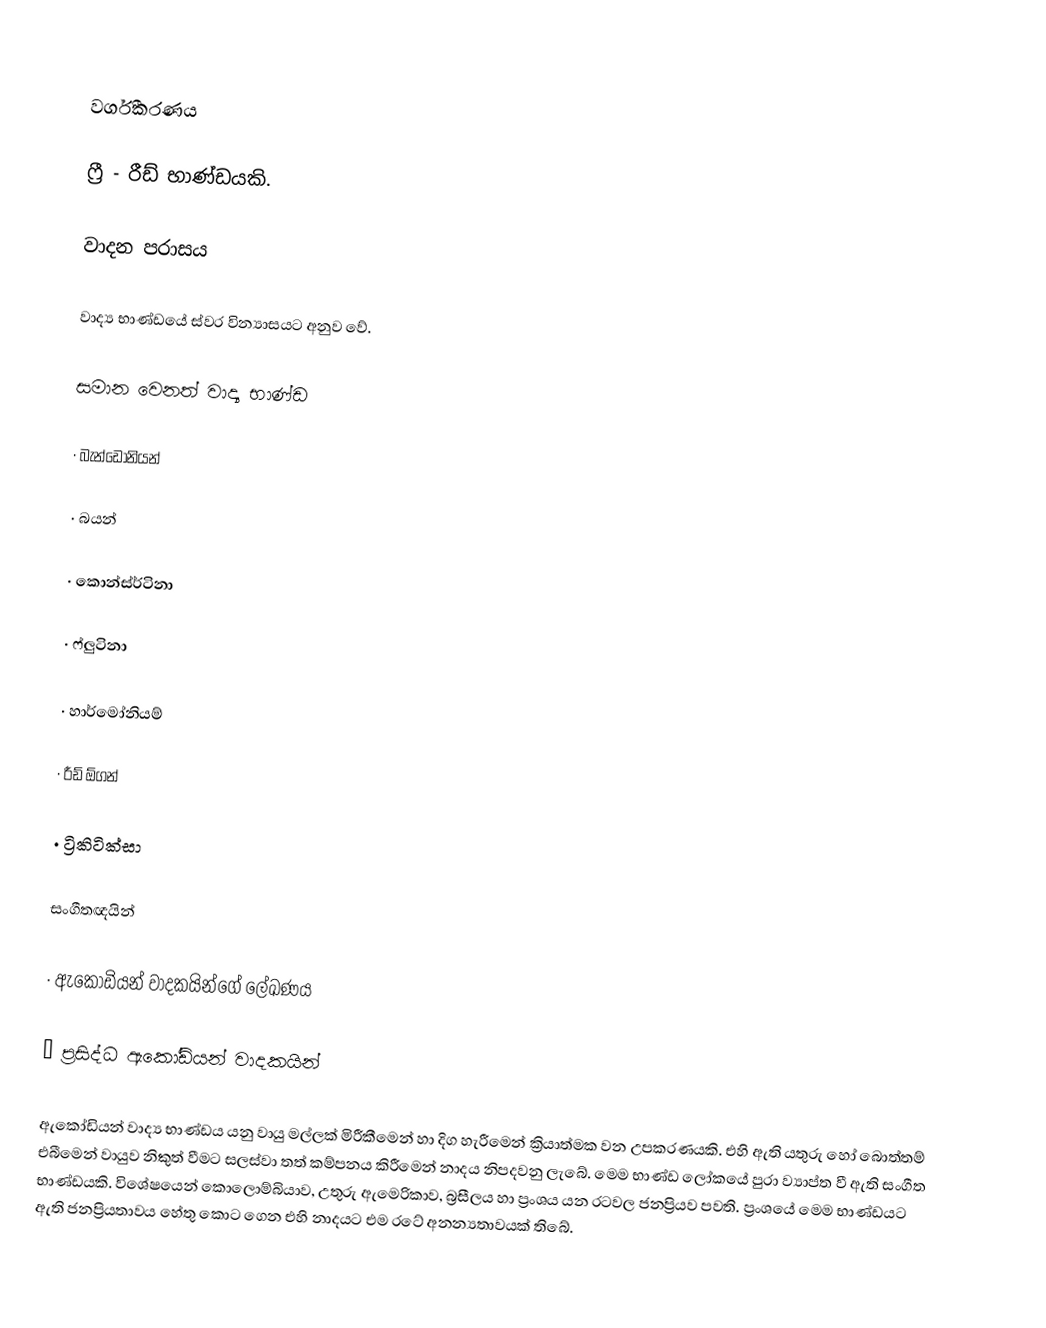

වර්ගීකරණය

ෆ්‍රී - රීඩ් භාණ්ඩයකි.

වාදන පරාසය

වාද්‍ය භාණ්ඩයේ ස්වර වින්‍යාසයට අනුව වේ.

සමාන වෙනත් වාද්‍ය භාණ්ඩ

·	බැන්ඩොනියන්

·	බයන්

·	කොන්ස්ර්ටිනා

·	ෆ්ලුටිනා

·	හාර්මෝනියම්

·	රීඩ් ඕගන්

·	ට්‍රිකිටික්සා

සංගීතඥයින්

·	ඇකෝඩියන් වාදකයින්ගේ ලේඛණය

·	ප්‍රසිද්ධ ඇකෝඩියන් වාදකයින්

ඇකෝඩියන් වාද්‍ය භාණ්ඩය යනු වායු මල්ලක් මිරීකීමෙන් හා දිග හැරීමෙන් ක්‍රියාත්මක වන උපකරණයකි. එහි ඇති යතුරු හෝ බොත්තම් එබීමෙන් වායුව නිකුත් වීමට සලස්වා තත් කම්පනය කිරීමෙන් නාදය නිපදවනු ලැබේ. මෙම භාණ්ඩ ලෝකයේ පුරා ව්‍යාප්ත වී ඇති සංගීත භාණ්ඩයකි. විශේෂයෙන් කොලොම්බියාව, උතුරු ඇමෙරිකාව, බ්‍රසීලය හා ප්‍රංශය යන රටවල ජනප්‍රියව පවති. ප්‍රංශයේ මෙම භාණ්ඩයට ඇති ජනප්‍රියතාවය හේතු කොට ගෙන එහි නාදයට  එම රටේ අනන්‍යතාවයක් තිබේ.